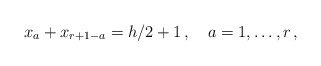
\begin{align*}x_{a}+x_{r+1-a}=h/2+1\,,\quad a=1,\ldots ,r\,, \end{align*}